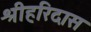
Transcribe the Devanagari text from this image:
श्रीहरिदास